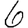
Digit: 6